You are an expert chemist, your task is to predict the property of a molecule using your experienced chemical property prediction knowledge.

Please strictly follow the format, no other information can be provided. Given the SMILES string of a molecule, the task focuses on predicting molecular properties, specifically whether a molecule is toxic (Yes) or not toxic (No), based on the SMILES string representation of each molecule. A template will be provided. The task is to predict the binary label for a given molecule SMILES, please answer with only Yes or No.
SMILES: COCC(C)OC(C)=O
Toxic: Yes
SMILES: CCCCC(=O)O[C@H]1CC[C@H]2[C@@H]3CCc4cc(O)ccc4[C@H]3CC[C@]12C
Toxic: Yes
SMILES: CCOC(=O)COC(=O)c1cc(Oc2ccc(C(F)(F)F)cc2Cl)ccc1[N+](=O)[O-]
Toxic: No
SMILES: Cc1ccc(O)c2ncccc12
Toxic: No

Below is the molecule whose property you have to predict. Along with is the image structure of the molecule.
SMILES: O=C1CCCCCCCCCCCCCCO1
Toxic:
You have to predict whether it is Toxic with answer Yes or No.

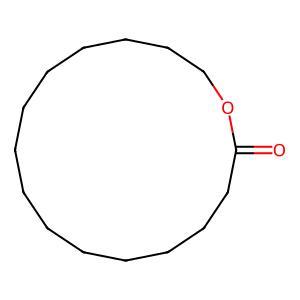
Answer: No